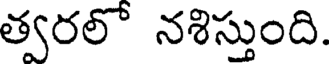
త్వరలో నశిస్తుంది.